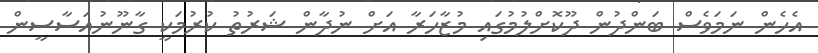
އެހެން ނަމަވެސް ބަންދުން ދޫކޮށްލުމުގައި މުޒާހަރާ އަށް ނުދާން ޝަރުތު ކުރުމަކީ ގާނޫނުއަސާސީން